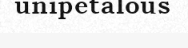
unipetalous